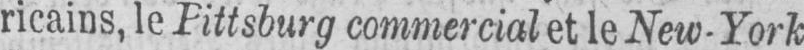
ricains, le Pittsburg commercial et le New-York